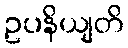
ဥပနိယျတိ